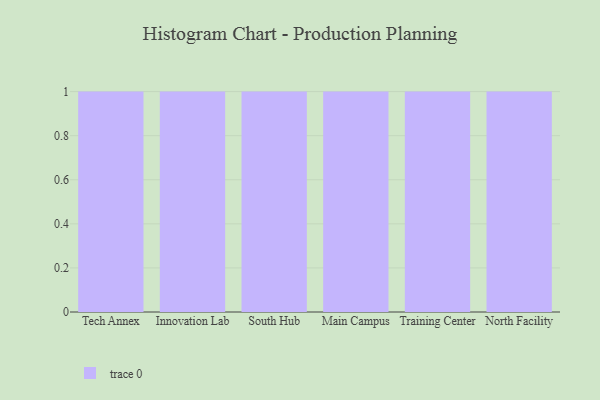
{"axis": {"x": "Campus", "y": "Inventory Turnover"}, "legend": [""], "data": [{"x": "Tech Annex", "y": 73, "type": ""}, {"x": "Innovation Lab", "y": 27, "type": ""}, {"x": "South Hub", "y": 65, "type": ""}, {"x": "Main Campus", "y": 24, "type": ""}, {"x": "Training Center", "y": 43, "type": ""}, {"x": "North Facility", "y": 28, "type": ""}]}